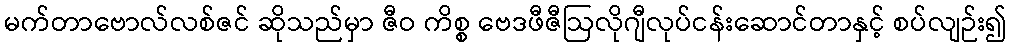
မက်တာဗောလ်လစ်ဇင် ဆိုသည်မှာ ဇီဝ ကိစ္စ ဗေဒဖီဇီဩလိုဂျီလုပ်ငန်းဆောင်တာနှင့် စပ်လျဉ်း၍